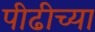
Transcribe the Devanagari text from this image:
पीढीच्या